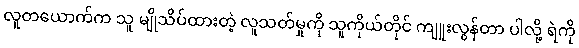
လူတယောက်က သူ မျိုသိပ်ထားတဲ့ လူသတ်မှုကို သူကိုယ်တိုင် ကျူးလွန်တာ ပါလို့ ရဲကို